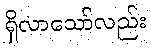
ရှိလာသော်လည်း